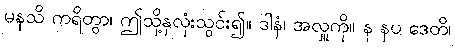
မနသိ ကရိတွာ၊ ဤသို့နှလုံးသွင်း၍။ ဒါနံ၊ အလှူကို။ န နပ ဒေတိ၊